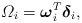
LaTeX: \begin{align*} \varOmega_{i}=\boldsymbol{\omega}_{i}^{T}\boldsymbol{\delta}_{i},\end{align*}